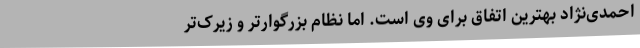
احمدی‌نژاد بهترین اتفاق برای وی است. اما نظام بزرگوارتر و زیرک‌تر